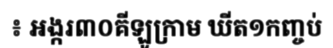
៖ អង្ករ៣០គីឡូក្រាម ឃីត១កញ្ចប់